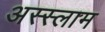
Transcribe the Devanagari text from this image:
अस्‍स्‍लाम